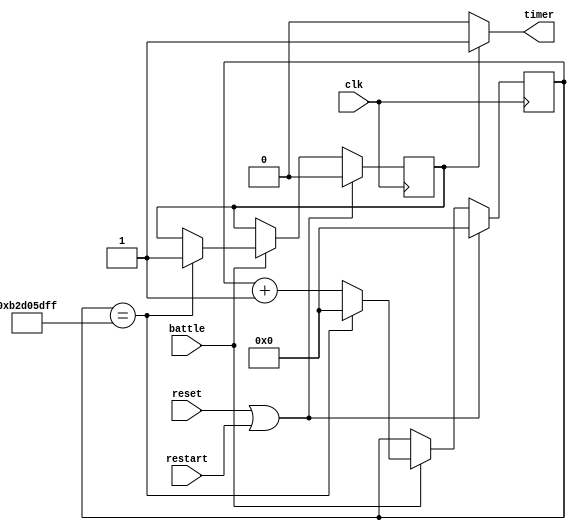
//modules controls timer for battle mode. Divide 50 Mhz on board clock to 1 second enables
module battle_timer(clk, reset, battle, timer, restart);
	//declear I/O ports
	input clk, reset, battle, restart;
	output timer;
	reg enable;
	reg [31:0] counter;
	
	//1 minute counter
	always @(posedge clk)
	begin
		//reset counter to 0
		if(reset | restart) begin
			counter <= 0;
			enable <= 0;
		end
		else if(battle) begin
			if(counter == 32'd2999999999) begin //2999999999
				counter <= 0;
				enable <= 1'b1;
			end
			else begin
				counter <= counter + 32'd1;
			end
		end
	end
	
	//determine whether 1 minute has reached
	assign timer = (enable == 1'b1) ? 1'b1 : 1'b0;
endmodule